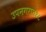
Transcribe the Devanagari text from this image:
उपनगरात१८